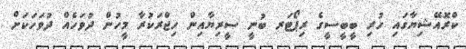
ކްރޮއޭޝިޔާގައި ހުރި ބީބީސީގެ ރިޕޯޓަރ ބުނީ ސީރިޔާއިން ހިޖްރަކުރާ މީހުން ދުވަހެއް ދުވަހަކަށް